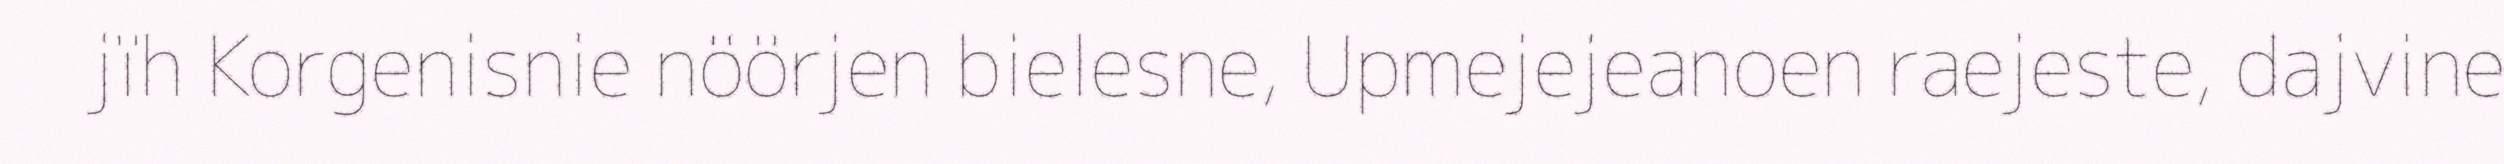
jïh Korgenisnie nöörjen bielesne, Upmejejeanoen raejeste, dajvine